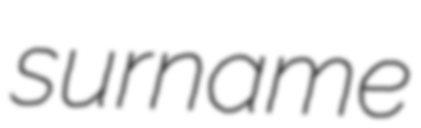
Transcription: surname